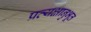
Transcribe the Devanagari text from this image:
प्रत्यक्षानुभूत